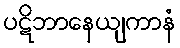
ပဋိဘာနေယျကာနံ